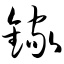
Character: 镓